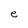
Character: e